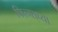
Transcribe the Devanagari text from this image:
फिल्म्स्‌च्या